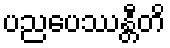
ပညပေဿန္တီတိ